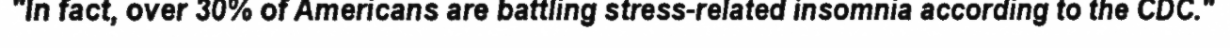
"In fact, over 30% of Americans are battling stress-related insomnia according to the CDC."